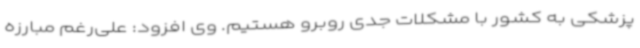
پزشکی به کشور با مشکلات جدی روبرو هستیم. وی افزود: علی‌رغم مبارزه